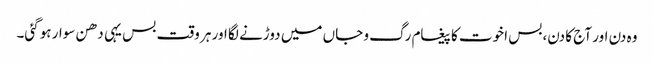
وہ دن اور آج کا دن، بس اخوت کا پیغام رگ و جاں میں دوڑنے لگا اور ہر وقت بس یہی دھن سوار ہوگئی۔